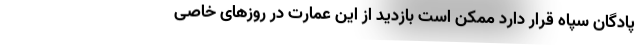
پادگان سپاه قرار دارد ممکن است بازدید از این عمارت در روزهای خاصی